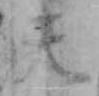
天